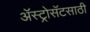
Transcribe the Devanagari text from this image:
ॲस्ट्रोसॅटसाठी